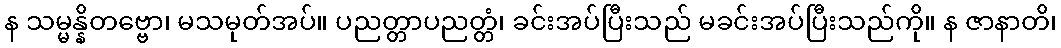
န သမ္မန္နိတဗ္ဗော၊ မသမုတ်အပ်။ ပညတ္တာပညတ္တံ၊ ခင်းအပ်ပြီးသည် မခင်းအပ်ပြီးသည်ကို။ န ဇာနာတိ၊